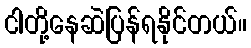
ငါတို့နေဆဲပြန်ရနိုင်တယ်။